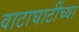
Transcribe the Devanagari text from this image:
वाटाघाटींच्या